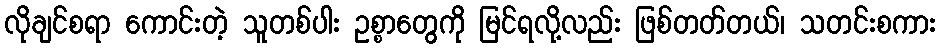
လိုချင်စရာ ကောင်းတဲ့ သူတစ်ပါး ဥစ္စာတွေကို မြင်ရလို့လည်း ဖြစ်တတ်တယ်၊ သတင်းစကား